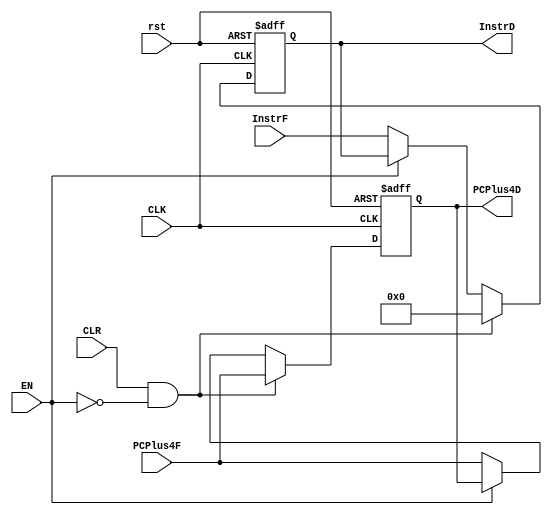
module pipeline_register
#(
parameter WIDTH = 32
)
(

// input control signals
input wire CLK,
input wire rst, // active low signal to reset register while starting up the processor
input wire CLR, // active high signal that clears the fetch register when a control hazard occurs while executing beq command (output from control unit)
input wire EN, // enable signal is active low which is corresponding to stall decoding stage when a low signal comes from the hazard unit

// input data signals to pipelined register
input wire [WIDTH-1:0] InstrF,
input wire [WIDTH-1:0] PCPlus4F, // F indication for fetch stage 

// output data signals from pipelined register

output reg [WIDTH-1:0] InstrD, // D is an indication for decode stage
output reg [WIDTH-1:0] PCPlus4D

);


// always block triggered on asycnhronous EN or CLR in addition to posedge of CLK.
always @(posedge CLK,negedge rst) 
begin

// rst has highest priority then clear then enabling stalling in case of LW command when dealing with the memory 
if(!rst)

begin
InstrD <= 0 ;
PCPlus4D <=0;

end 

// chcek after testing
// incase of control hazard
else if(CLR && !EN)

begin 

InstrD <= 0;
PCPlus4D <=PCPlus4F;

end 

else if(!EN)

// Normal pipeline behaviour
begin 

InstrD <= InstrF;
PCPlus4D <= PCPlus4F;


end 



end

endmodule